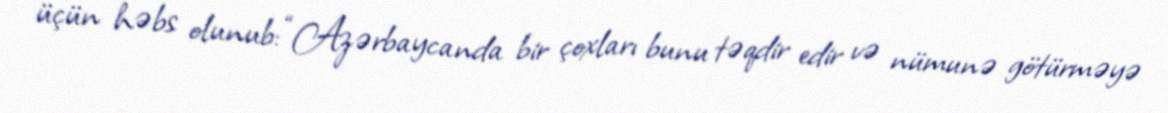
üçün həbs olunub: “Azərbaycanda bir çoxları bunu təqdir edir və nümunə götürməyə